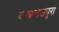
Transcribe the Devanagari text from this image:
बालाराजपुरा